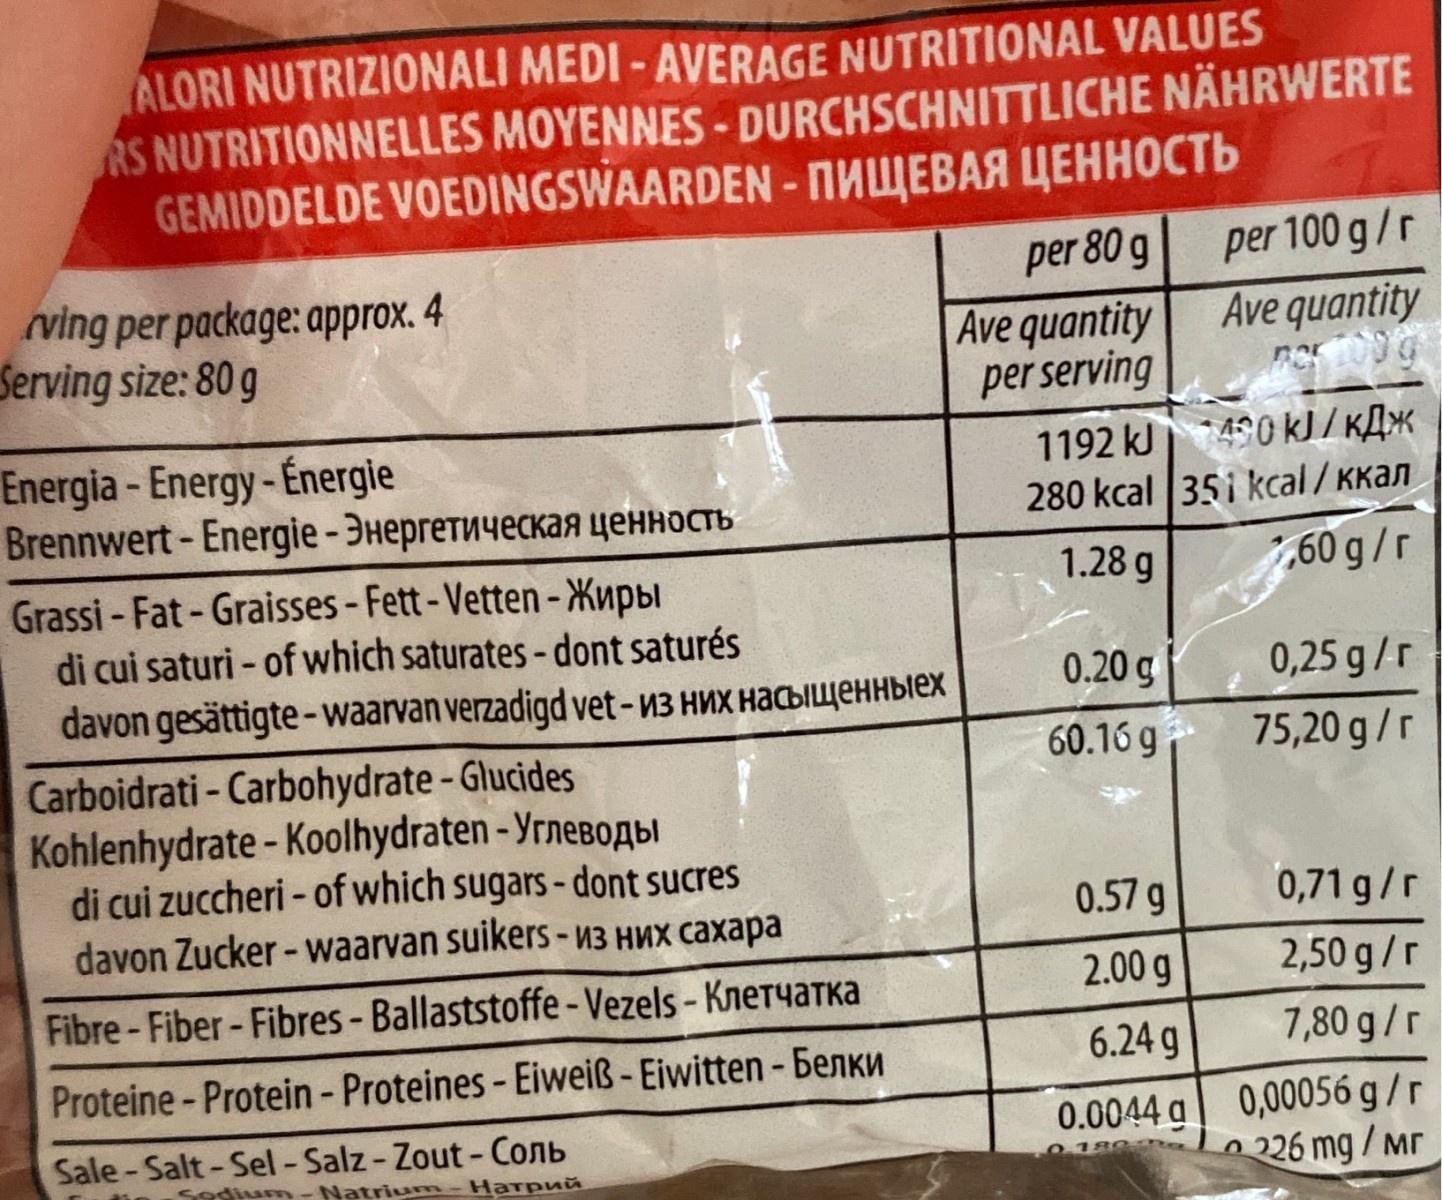
ALORI NUTRIZIONALI MEDI - AVERAGE NUTRITIONAL VALUES RS NUTRITIONNELLES MOYENNES - DURCHSCHNITTLICHE NÄHRWERTE GEMIDDELDE VOEDINGSWAARDEN - NUWEBAA YEHHOCTB per 100 g/r Ave quantity per 80 g Ave quantity per serving 1192 kJ 40 kJ/ KA¾ 280 kcal 351 kcal/ Kkan ving per package: approx. 4 Serving size: 80 g Energia - Energy- Énergie Brennwert-Energie-Энергетическая ценность 1.28 g 7,60 g/r Grassi - Fat-Graisses - Fett-Vetten -Xupbi di cui saturi - of which saturates- dont saturés davon gesättigte-waarvan verzadigd vet-13 HVX HaCbIueHHbIex 0.20 g 0,25 g/r 60.16 g 75,20 g/r Carboidrati - Carbohydrate - Glucides Kohlenhydrate - Koolhydraten - YrneboAbl di cui zuccheri - of which sugars- dont sucres davon Zucker - waarvan suikers- 13 HWX caxapa 0.57 g 0,71 g/r 2.00 g 2,50 g/r Fibre - Fiber- Fibres-Ballaststoffe- Vezels- KneTyaTKa 6.24 g 7,80 g/r Proteine-Protein - Proteines-Eiweiß-Eiwitten-benKu 0.0044 g 0,00056 g /r 226 mg / Mr Sale-Salt-Sel-Salz- Zout-Conb Sodium- Natrium-Harpnŭ